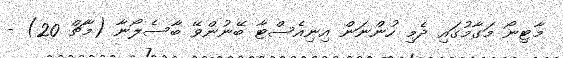
މާޓިނޯ މަގާމުގައި ދެމި ހުންނަން އިނިއެސްޓާ ބޭނުންވޭ ބާސެލޯނާ (މާޗް 20) -